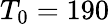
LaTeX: T_{0}=190